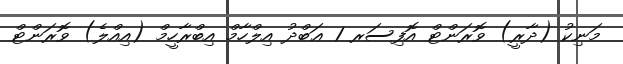
މަނިކު (ދާރީ) ވޮރަންޓް އޮފިސަރ 1 ޢަބްދު އިލްހާމް އިބްރާހީމް (އިއްލެ) ވޮރަންޓް